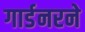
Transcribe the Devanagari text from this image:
गार्डनरने